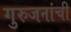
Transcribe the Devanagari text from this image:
गुरुजनांची